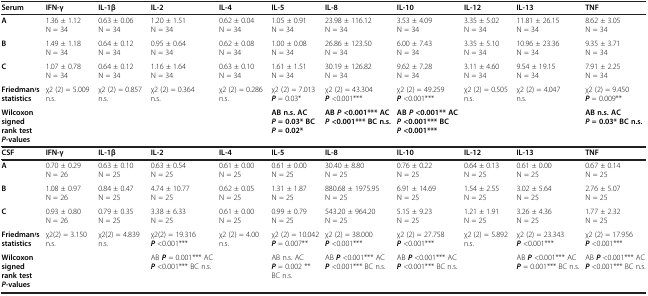
<table><thead><tr><td><b>Serum</b></td><td><b>IFN-γ</b></td><td><b>IL-1β</b></td><td><b>IL-2</b></td><td><b>IL-4</b></td><td><b>IL-5</b></td><td><b>IL-8</b></td><td><b>IL-10</b></td><td><b>IL-12</b></td><td><b>IL-13</b></td><td><b>TNF</b></td></tr></thead><tbody><tr><td><b>A</b></td><td>1.36 ± 1.12 N = 34</td><td>0.63 ± 0.06 N = 34</td><td>1.20 ± 1.51 N = 34</td><td>0.62 ± 0.04 N = 34</td><td>1.05 ± 0.91 N = 34</td><td>23.98 ± 116.12 N = 34</td><td>3.53 ± 4.09 N = 34</td><td>3.35 ± 5.02 N = 34</td><td>11.81 ± 26.15 N = 34</td><td>8.62 ± 3.05 N = 34</td></tr><tr><td><b>B</b></td><td>1.49 ± 1.18 N = 34</td><td>0.64 ± 0.12 N = 34</td><td>0.95 ± 0.64 N = 34</td><td>0.62 ± 0.08 N = 34</td><td>1.00 ± 0.08 N = 34</td><td>26.86 ± 123.50 N = 34</td><td>6.00 ± 7.43 N = 34</td><td>3.35 ± 5.10 N = 34</td><td>10.96 ± 23.36 N = 34</td><td>9.35 ± 3.71 N = 34</td></tr><tr><td><b>C</b></td><td>1.07 ± 0.78 N = 34</td><td>0.64 ± 0.12 N = 34</td><td>1.16 ± 1.64 N = 34</td><td>0.63 ± 0.10 N = 34</td><td>1.61 ± 1.51 N = 34</td><td>30.19 ± 126.82 N = 34</td><td>9.62 ± 7.28 N = 34</td><td>3.11 ± 4.60 N = 34</td><td>9.54 ± 19.15 N = 34</td><td>7.91 ± 2.25 N = 34</td></tr><tr><td><b>Friedman′s statistics</b></td><td>χ2 (2) = 5.009 n.s.</td><td>χ2 (2) = 0.857 n.s.</td><td>χ2 (2) = 0.364 n.s.</td><td>χ2 (2) = 0.286 n.s.</td><td>χ2 (2) = 7.013 <b><i>P</i></b> = 0.03*</td><td>χ2 (2) = 43.304 <b><i>P</i></b> &lt;0.001***</td><td>χ2 (2) = 49.259 <b><i>P</i></b> &lt;0.001***</td><td>χ2 (2) = 0.505 n.s.</td><td>χ2 (2) = 4.047 n.s.</td><td>χ2 (2) = 9.450 <b><i>P</i></b> = 0.009**</td></tr><tr><td><b>Wilcoxon signed rank test</b><b><i>P</i></b><b>-values</b></td><td> </td><td> </td><td> </td><td> </td><td><b>AB n.s. AC</b><b><i>P</i></b><b>= 0.03* BC</b><b><i>P</i></b><b>= 0.02*</b></td><td><b>AB</b><b><i>P</i></b><b>&lt;0.001*** AC</b><b><i>P</i></b><b>&lt;0.001*** BC n.s.</b></td><td><b>AB</b><b><i>P</i></b><b>&lt;0.001** AC</b><b><i>P</i></b><b>&lt;0.001*** BC</b><b><i>P</i></b><b>&lt;0.001***</b></td><td> </td><td> </td><td><b>AB n.s. AC </b><b><i>P</i></b><b>= 0.03* BC n.s.</b></td></tr><tr><td><b>CSF</b></td><td><b>IFN-γ</b></td><td><b>IL-1β</b></td><td><b>IL-2</b></td><td><b>IL-4</b></td><td><b>IL-5</b></td><td><b>IL-8</b></td><td><b>IL-10</b></td><td><b>IL-12</b></td><td><b>IL-13</b></td><td><b>TNF</b></td></tr><tr><td><b>A</b></td><td>0.70 ± 0.29 N = 26</td><td>0.63 ± 0.10 N = 25</td><td>0.63 ± 0.54 N = 25</td><td>0.61 ± 0.00 N = 25</td><td>0.61 ± 0.00 N = 25</td><td>30.40 ± 8.80 N = 25</td><td>0.76 ± 0.22 N = 25</td><td>0.64 ± 0.13 N = 25</td><td>0.61 ± 0.00 N = 25</td><td>0.67 ± 0.14 N = 25</td></tr><tr><td><b>B</b></td><td>1.08 ± 0.97 N = 26</td><td>0.84 ± 0.47 N = 25</td><td>4.74 ± 10.77 N = 25</td><td>0.62 ± 0.05 N = 25</td><td>1.31 ± 1.87 N = 25</td><td>880.68 ± 1975.95 N = 25</td><td>6.91 ± 14.69 N = 25</td><td>1.54 ± 2.55 N = 25</td><td>3.02 ± 5.64 N = 25</td><td>2.76 ± 5.07 N = 25</td></tr><tr><td><b>C</b></td><td>0.93 ± 0.80 N = 26</td><td>0.79 ± 0.35 N = 25</td><td>3.38 ± 6.33 N = 25</td><td>0.61 ± 0.00 N = 25</td><td>0.99 ± 0.79 N = 25</td><td>543.20 ± 964.20 N = 25</td><td>5.15 ± 9.23 N = 25</td><td>1.21 ± 1.91 N = 25</td><td>3.26 ± 4.36 N = 25</td><td>1.77 ± 2.32 N = 25</td></tr><tr><td><b>Friedman′s statistics</b></td><td>χ2(2) = 3.150 n.s.</td><td>χ2(2) = 4.839 n.s.</td><td>χ2(2) = 19.316 <b><i>P</i></b> &lt;0.001***</td><td>χ2 (2) = 4.00 n.s.</td><td>χ2 (2) = 10.042 <b><i>P</i></b> = 0.007**</td><td>χ2 (2) = 38.000 <b><i>P</i></b> &lt;0.001***</td><td>χ2 (2) = 27.758 <b><i>P</i></b> &lt;0.001***</td><td>χ2 (2) = 5.892 n.s.</td><td>χ2 (2) = 23.343 <b><i>P</i></b> &lt;0.001***</td><td>χ2 (2) = 17.956 <b><i>P</i></b> &lt;0.001***</td></tr><tr><td><b>Wilcoxon signed rank test</b><b><i>P</i></b><b>-values</b></td><td> </td><td> </td><td>AB <b><i>P</i></b> = 0.001*** AC <b><i>P</i></b> &lt;0.001*** BC n.s.</td><td> </td><td>AB n.s. AC <b><i>P</i></b> = 0.002 ** BC n.s.</td><td>AB <b><i>P</i></b> &lt;0.001*** AC <b><i>P</i></b> &lt;0.001*** BC n.s.</td><td>AB <b><i>P</i></b> &lt;0.001*** AC <b><i>P</i></b> &lt;0.001*** BC n.s.</td><td> </td><td>AB <b><i>P</i></b> &lt;0.001*** AC <b><i>P</i></b> = 0.001*** BC n.s.</td><td>AB <b><i>P</i></b> &lt;0.001*** AC <b><i>P</i></b> &lt;0.001*** BC n.s.</td></tr></tbody></table>